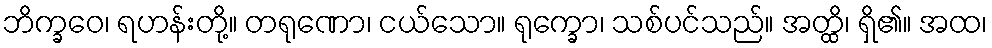
ဘိက္ခဝေ၊ ရဟန်းတို့။ တရုဏော၊ ငယ်သော။ ရုက္ခော၊ သစ်ပင်သည်။ အတ္ထိ၊ ရှိ၏။ အထ၊